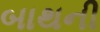
બાથની